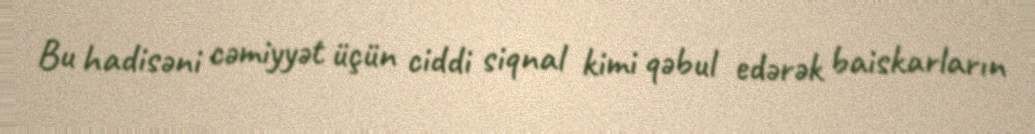
Bu hadisəni cəmiyyət üçün ciddi siqnal kimi qəbul edərək baiskarların